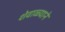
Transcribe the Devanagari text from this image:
शेवाळ्याने